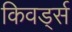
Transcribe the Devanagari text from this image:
किवर्ड्स